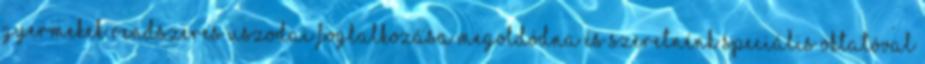
gyermekek rendszeres uszodai foglalkozása megoldódna és szeretnénk speciális oktatóval